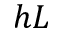
h L